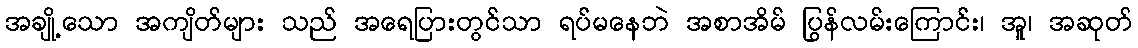
အချို့သော အကျိတ်များ သည် အရေပြားတွင်သာ ရပ်မနေဘဲ အစာအိမ် ပြွန်လမ်းကြောင်း၊ အူ၊ အဆုတ်